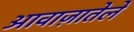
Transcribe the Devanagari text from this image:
आवाज़ातेले